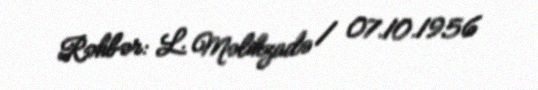
Rəhbər: L. Məlikzadə / 07.10.1956